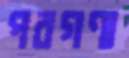
পরগণা